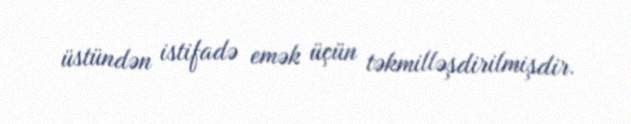
üstündən istifadə emək üçün təkmilləşdirilmişdir.